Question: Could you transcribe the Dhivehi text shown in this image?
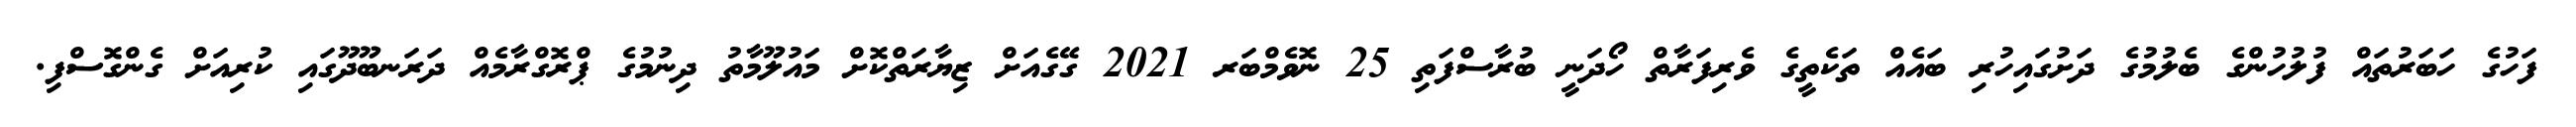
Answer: ފަހުގެ ހަބަރުތައް ފުލުހުންގެ ބެލުމުގެ ދަށުގައިހުރި ބައެއް ތަކެތީގެ ވެރިފަރާތް ހޯދަނީ ބުރާސްފަތި 25 ނޮވެމްބަރ 2021 ގޭގެއަށް ޒިޔާރަތްކޮށް މައުލޫމާތު ދިނުމުގެ ޕްރޮގްރާމެއް ދަރަނބޫދޫގައި ކުރިއަށް ގެންގޮސްފި.